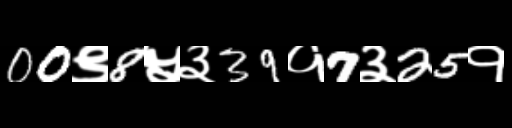
Text: 00९8५३39१7३25१